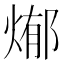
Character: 𭵊